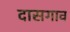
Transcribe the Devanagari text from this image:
दासगाव